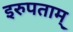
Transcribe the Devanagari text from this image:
इरुपताम्